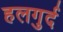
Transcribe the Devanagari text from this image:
हलगुर्द